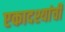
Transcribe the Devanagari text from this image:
एकादश्यांची